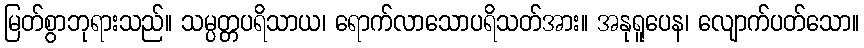
မြတ်စွာဘုရားသည်။ သမ္ပတ္တပရိသာယ၊ ရောက်လာသောပရိသတ်အား။ အနုရူပေန၊ လျောက်ပတ်သော။